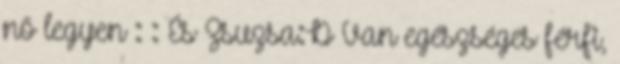
nő legyen : : És Zsuzsa:D Van egészséges férfi,